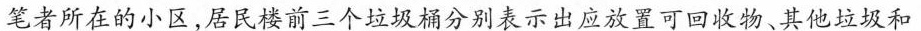
笔者所在的小区，居民楼前三个垃圾桶分别表示出应放置可回收物、其他垃圾和